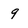
Character: 9